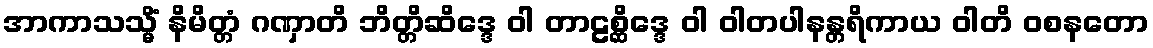
အာကာသသ္မိံ နိမိတ္တံ ဂဏှာတိ ဘိတ္တိဆိဒ္ဒေ ဝါ တာဠစ္ဆိဒ္ဒေ ဝါ ဝါတပါနန္တရိကာယ ဝါတိ ဝစနတော